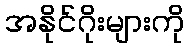
အနိုင်ဂိုးများကို